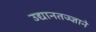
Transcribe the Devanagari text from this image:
उद्यानतज्ज्ञाने